Leaving Certificate Examination (including Day School Certificate (Higher) General paper), 1935
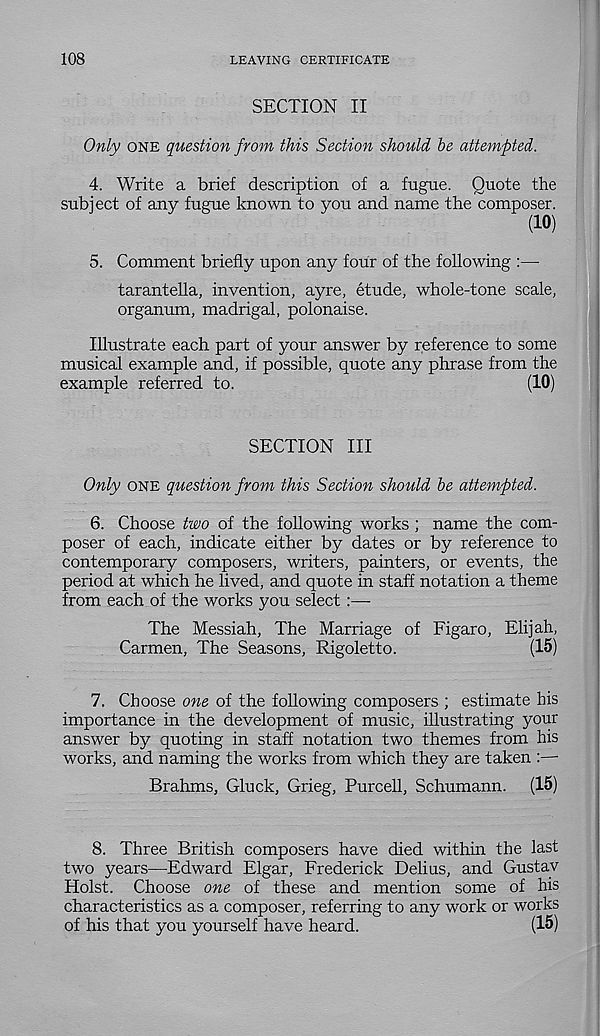
108
LEAVING CERTIFICATE
SECTION II
Only one question from this Section should be attempted.
4. Write a brief description of a fugue. Quote the
subject of any fugue known to you and name the composer.
(10)
5. Comment briefly upon any four of the following :—
tarantella, invention, ayre, etude, whole-tone scale,
organum, madrigal, polonaise.
Illustrate each part of your answer by reference to some
musical example and, if possible, quote any phrase from the
example referred to.
(10)
SECTION III
Only one question from this Section should be attempted.
6. Choose two of the following works ; name the com-
poser of each, indicate either by dates or by reference to
contemporary composers, writers, painters, or events, the
period at which he lived, and quote in staff notation a theme
from each of the works you select:—
The Messiah, The Marriage of Figaro, Elijah,
Carmen, The Seasons, Rigoletto.
(15)
7. Choose one of the following composers ; estimate his
importance in the development of music, illustrating your
answer by quoting in staff notation two themes from his
works, and naming the works from which they are taken
Brahms, Gluck, Grieg, Purcell, Schumann.
(15)
8. Three British composers have died within the last
two years—Edward Elgar, Frederick Delius, and Gustav
Holst. Choose one of these and mention some of his
characteristics as a composer, referring to any work or works
of his that you yourself have heard.
(15)